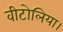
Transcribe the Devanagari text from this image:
वीटोलिया।